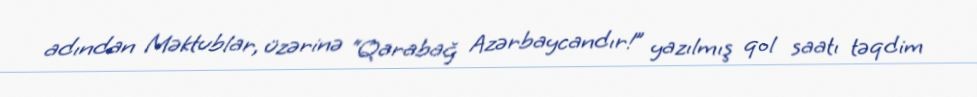
adından Məktublar, üzərinə “Qarabağ Azərbaycandır!” yazılmış qol saatı təqdim